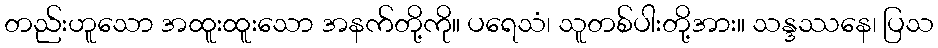
တည်းဟူသော အထူးထူးသော အနက်တို့ကို။ ပရေသံ၊ သူတစ်ပါးတို့အား။ သန္ဒဿနေ၊ ပြသ